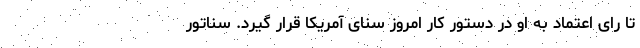
تا رای اعتماد به او در دستور کار امروز سنای آمریکا قرار گیرد. سناتور